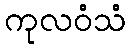
ကုလဝံသံ